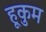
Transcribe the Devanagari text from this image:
हूकुम